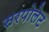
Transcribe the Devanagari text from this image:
सरपोलेट